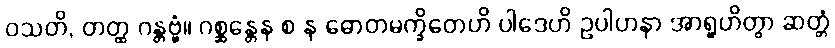
ဝသတိ, တတ္ထ ဂန္တဗ္ဗံ။ ဂစ္ဆန္တေန စ န ဓောတမက္ခိတေဟိ ပါဒေဟိ ဥပါဟနာ အာရူဟိတွာ ဆတ္တံ